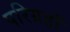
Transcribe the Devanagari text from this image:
परिग्रहों